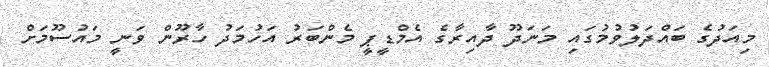
މިއަދުގެ ބައްދަލުވުމުގައި މަނަދޫ ދާއިރާގެ އެމްޑީޕީ މެންބަރު އަހުމަދު ހާރޫން ވަނީ މައުސޫމަށް